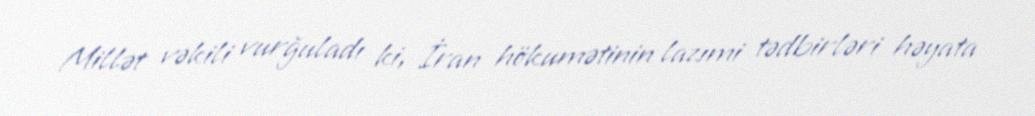
Millət vəkili vurğuladı ki, İran hökumətinin lazımi tədbirləri həyata